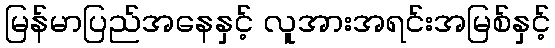
မြန်မာပြည်အနေနှင့် လူအားအရင်းအမြစ်နှင့်